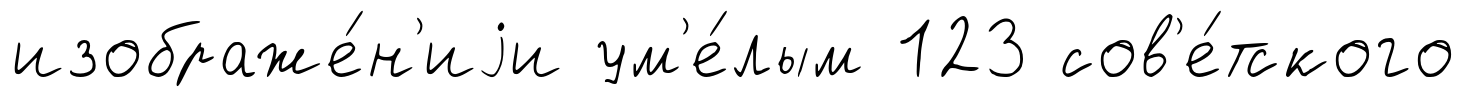
изображе́н'иjи ум'е́лым 123 сов'е́тского